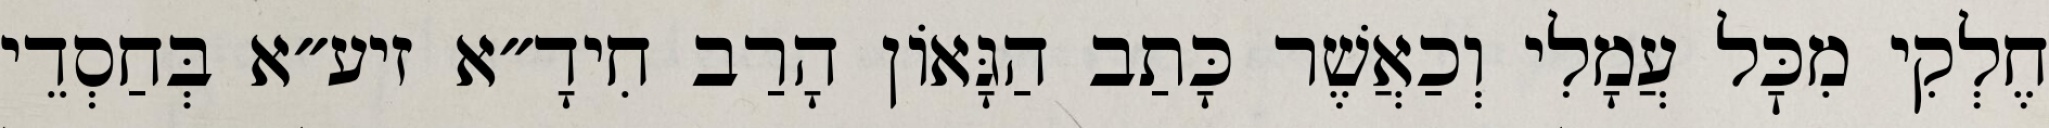
חֶלְקִי מִכׇּל עֲמָלִי וְכַאֲשֶׁר כָּתַב הַגָּאוֹן הָרַב חִידָ״א זיע״א בְּחַסְדֵי